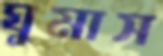
ঘুমাস